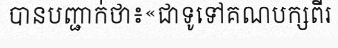
បានបញ្ជាក់ថា៖«ជាទូទៅគណបក្សពីរ